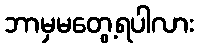
ဘာမှမတွေ့ရပါလား